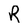
Character: R